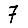
Digit: 7